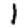
Digit: 1